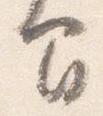
間